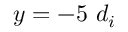
y = - 5 \ d _ { i }